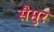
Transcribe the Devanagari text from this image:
सैमुर